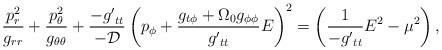
LaTeX: \begin{align*}\frac{p_r^2}{g_{rr}} + \frac{p_\theta^2}{g_{\theta \theta}} +\frac{- {g'}_{tt}}{- \cal D} \left( p_\phi + \frac{g_{t \phi } + \Omega_0 g_{\phi \phi}}{{g'}_{tt}} E \right)^2 = \left( \frac{1}{- {g'}_{tt}} E^2 - \mu^2 \right), \end{align*}